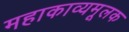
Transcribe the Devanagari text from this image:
महाकाव्यमूलक